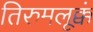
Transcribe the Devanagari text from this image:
तिरुमलूक्कं